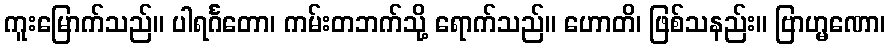
ကူးမြောက်သည်။ ပါရင်္ဂတော၊ ကမ်းတဘက်သို့ ရောက်သည်။ ဟောတိ၊ ဖြစ်သနည်း။ ဗြာဟ္မဏော၊